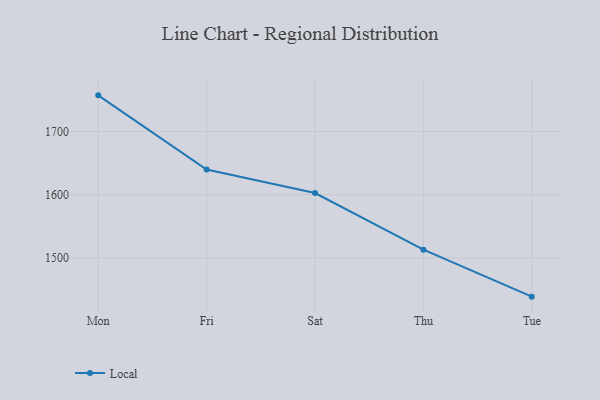
{"axis": {"x": "Day", "y": "Energy Usage (MWh)"}, "legend": ["Local"], "data": [{"x": "Mon", "y": 1757.3, "type": "Local"}, {"x": "Fri", "y": 1639.8, "type": "Local"}, {"x": "Sat", "y": 1602.6, "type": "Local"}, {"x": "Thu", "y": 1512.8, "type": "Local"}, {"x": "Tue", "y": 1438.4, "type": "Local"}]}